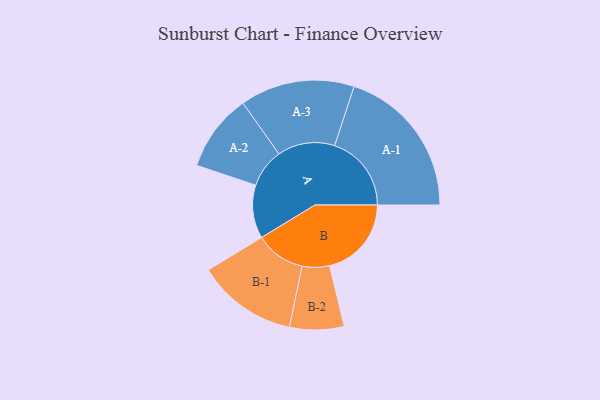
{"axis": {"x": "Segment", "y": "Value"}, "legend": ["", "A", "B"], "data": [{"x": "A", "y": 202, "type": ""}, {"x": "B", "y": 310, "type": ""}, {"x": "A-1", "y": 291, "type": "A"}, {"x": "A-2", "y": 147, "type": "A"}, {"x": "A-3", "y": 217, "type": "A"}, {"x": "B-1", "y": 190, "type": "B"}, {"x": "B-2", "y": 103, "type": "B"}]}